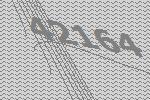
42164